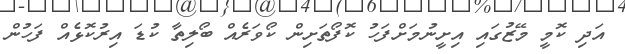
އަދި ކޮމީ މޭޒުގައި އިށީނުމަށްފަހު ކޮފޯތަށިން ކޯވަރެއް ބޯލިތާ ކުޑަ އިރުކޮޅެއް ފަހުން